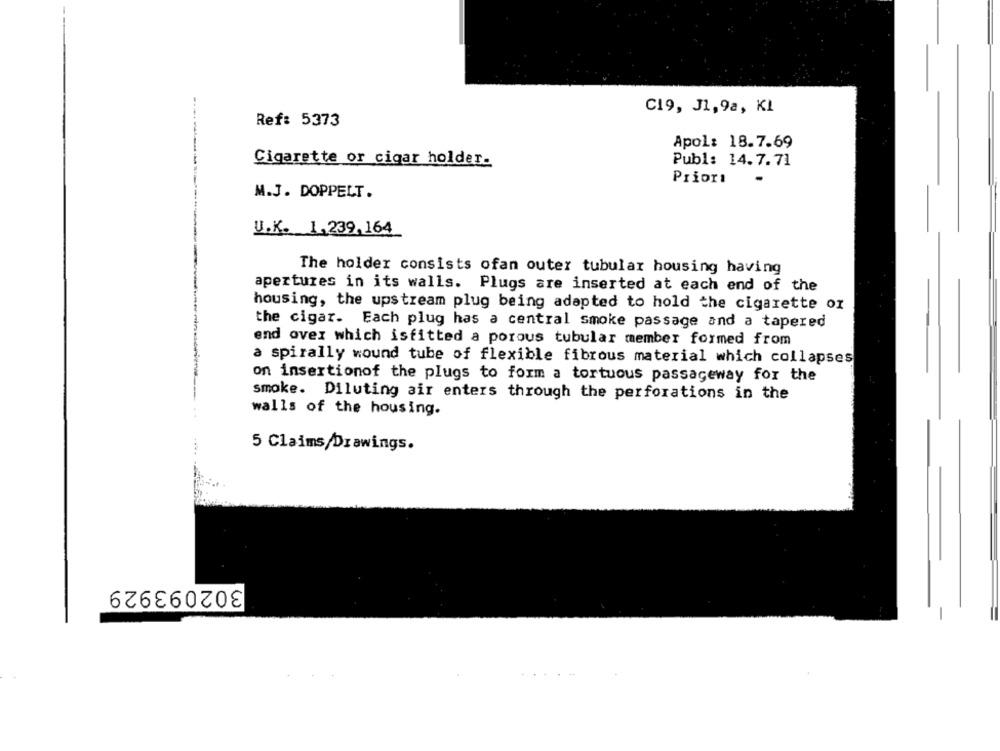
C19, J1, 9a, KI
Ref: 5373
Apol: 18.7.69
Cigarette or cigar holder-
Publ: 14.7.71
Prior
M.J. DOPPELT.
U.K. 1.239,164
The holder consists ofan outer tubular housing having
apertures in its walls. Plugs are inserted at each end of the
housing, the upstream plug being adapted to hold the cigarette or
the cigar. Each plug has a central smoke passage and a tapered
end over which isfitted a porous tubular member formed from
a spirally wound tube of flexible fibrous material which collapses
on insertionof the plugs to form a tortuous passageway for the
smoke. Diluting air enters through the perforations in the
walls of the housing.
5 Claims Drawings.
302093929